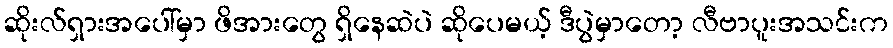
ဆိုးလ်ရှားအပေါ်မှာ ဖိအားတွေ ရှိနေဆဲပဲ ဆိုပေမယ့် ဒီပွဲမှာတော့ လီဗာပူးအသင်းက